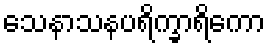
သေနာသနပရိက္ခာရိကော